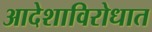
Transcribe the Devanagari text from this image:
आदेशाविरोधात